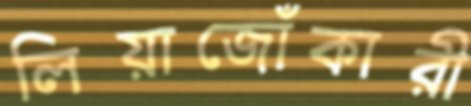
লিয়াজোঁকারী